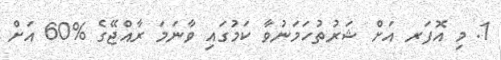
1. މި އޮފަރ އަށް ޝަރުތުހަމަނުވާ ކަމުގައި ވާނަމަ ރާއްޖޭގެ %60 އަށް